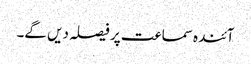
آئندہ سماعت پر فیصلہ دیں گے۔